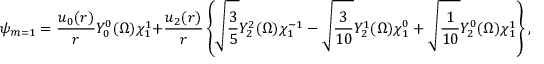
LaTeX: \psi _ { m = 1 } = \frac { u _ { 0 } ( r ) } { r } Y _ { 0 } ^ { 0 } ( { \Omega } ) \chi _ { 1 } ^ { 1 } + \frac { u _ { 2 } ( r ) } { r } \left\{ \sqrt { \frac { 3 } { 5 } } Y _ { 2 } ^ { 2 } ( { \Omega } ) \chi _ { 1 } ^ { - 1 } - \sqrt { \frac { 3 } { 1 0 } } Y _ { 2 } ^ { 1 } ( { \Omega } ) \chi _ { 1 } ^ { 0 } + \sqrt { \frac { 1 } { 1 0 } } Y _ { 2 } ^ { 0 } ( { \Omega } ) \chi _ { 1 } ^ { 1 } \right\} ,